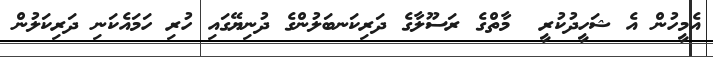
އެމީހުން އެ ޝަހީދުކުރީ  މާތްގެ ރަސޫލާގެ ދަރިކަނބަލުންގެ ދުނިޔޭގައި ހުރި ހަމައެކަނި ދަރިކަލުން